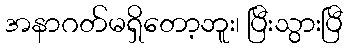
အနာဂတ်မရှိတော့ဘူး၊ ပြီးသွားပြီ